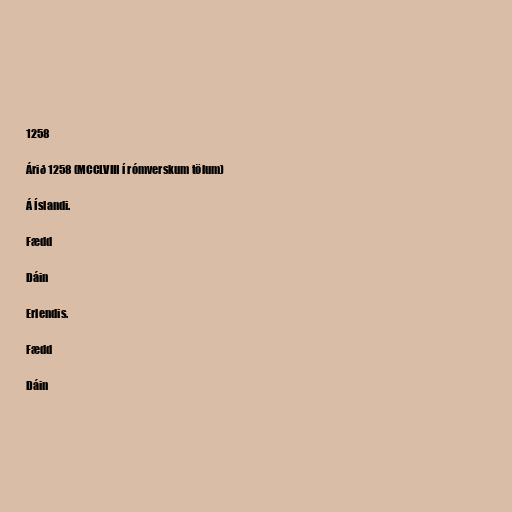
1258

Árið 1258 (MCCLVIII í rómverskum tölum)

Á Íslandi.

Fædd

Dáin

Erlendis.

Fædd

Dáin